Annual administration report of the Civil Veterinary Department, Ajmere-Merwara, British Rajputana - 1914-1940
Year: 1914
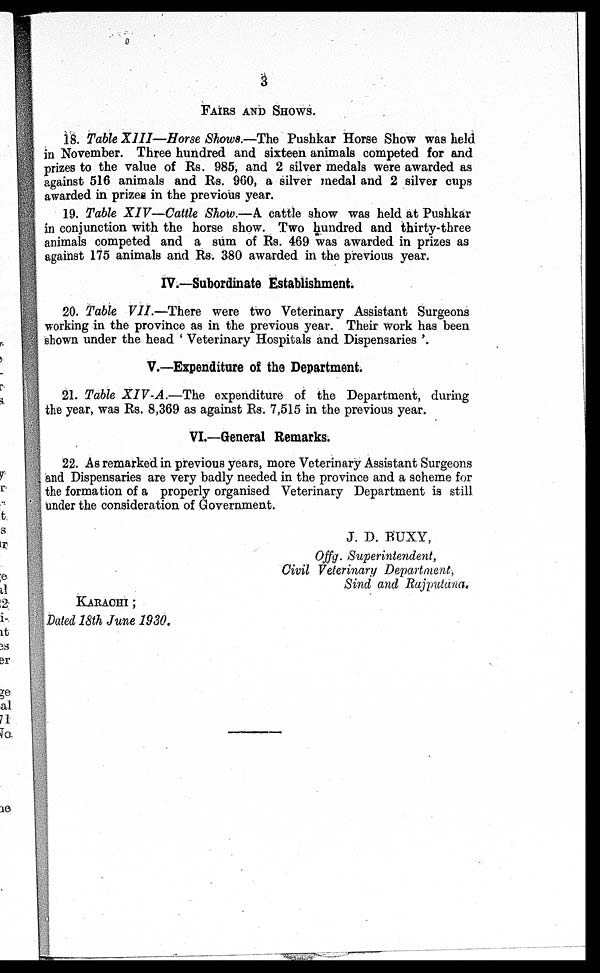
3
FAIRS AND SHOWS.
18. Table XIII—Horse Shows.—The Pushkar Horse Show was held
in November. Three hundred and sixteen animals competed for and
prizes to the value of Rs. 985, and 2 silver medals were awarded as
against 516 animals and Rs. 960, a silver medal and 2 silver cups
awarded in prizes in the previous year.
19. Table XIV—Cattle Show.—A cattle show was held at Pushkar
in conjunction with the horse show. Two hundred and thirty-three
animals competed and a sum of Rs. 469 was awarded in prizes as
against 175 animals and Rs. 380 awarded in the previous year.
IV.—Subordinate Establishment.
20. Table VII.—There were two Veterinary Assistant Surgeons
working in the province as in the previous year. Their work has been
shown under the head ' Veterinary Hospitals and Dispensaries '.
V.—Expenditure of the Department.
21. Table XIV-A.—The
expenditure of the Department, during
the year, was Rs. 8,369 as against Rs. 7,515 in the previous year.
VI.—General Remarks.
22. As remarked in previous years, more Veterinary Assistant Surgeons
and Dispensaries are very badly needed in the province and a scheme for
the formation of a properly organised Veterinary Department is still
under the consideration of Government.
J. D. BUXY,
Offg. Superintendent,
Civil Veterinary Department,
Sind and Rajputana.
KARACHI ;
Dated 18th June 1930.